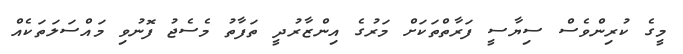
މީގެ ކުރިންވެސް ސިޔާސީ ފަރާތްތަކަށް މަރުގެ އިންޒާރުދީ ތަފާތު މެސެޖު ފޮނުވި މައްސަލަތަކެއް